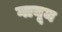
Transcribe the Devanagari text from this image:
गायूम